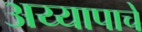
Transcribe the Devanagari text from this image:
अय्यापाचे